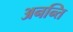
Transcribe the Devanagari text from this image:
अनन्ति